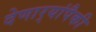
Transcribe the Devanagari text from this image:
देणार्‍यांपैकी